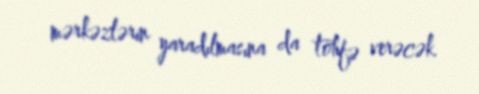
mərkəzlərin yaradılmasına da töhfə verəcək.